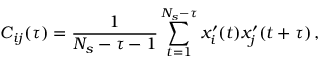
C _ { i j } ( \tau ) = \frac { 1 } { N _ { s } - \tau - 1 } \sum _ { t = 1 } ^ { N _ { s } - \tau } x _ { i } ^ { \prime } ( t ) x _ { j } ^ { \prime } ( t + \tau ) \, ,